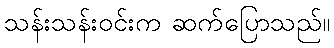
သန်းသန်းဝင်းက ဆက်ပြောသည်။